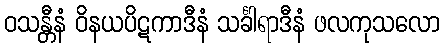
ဝသန္တီနံ ဝိနယပိဋကာဒီနံ သင်္ခါရာဒီနံ ဖလကုသလော